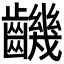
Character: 𪙧